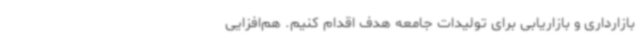
بازارداری و بازاریابی برای تولیدات جامعه هدف اقدام کنیم. هم‌افزایی